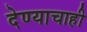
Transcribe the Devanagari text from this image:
देण्याचाही